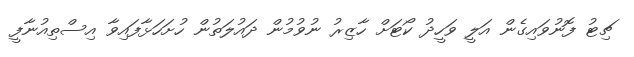
ޗިޓު ފޮނުވައިގެން އަލީ ވަހީދު ކޯޓަށް ހާޒިރު ނުވުމުން ދައުލަތުން ހުށަހަޅާފައިވާ އިސްތިއުނާފީ